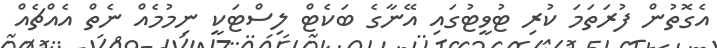
އެގޮތުން ފުރަތަމަ ކުރި ޓުވީޓުގައި އޭނާގެ ބަކެޓް ލިސްޓަކީ ނިމުމެއް ނެތް އެއްޗެއް